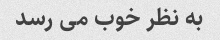
به نظر خوب می رسد